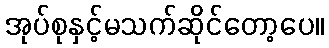
အုပ်စုနှင့်မသက်ဆိုင်တော့ပေ။